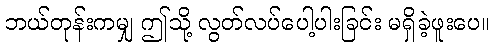
ဘယ်တုန်းကမျှ ဤသို့ လွတ်လပ်ပေါ့ပါးခြင်း မရှိခဲ့ဖူးပေ။